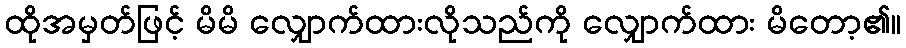
ထိုအမှတ်ဖြင့် မိမိ လျှောက်ထားလိုသည်ကို လျှောက်ထား မိတော့၏။